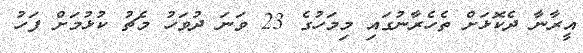
އީރާނާ ދެކޮޅަށް ތެހެރާނުގައި މިމަހުގެ 23 ވަނަ ދުވަހު މެޗު ކުޅުމަށް ފަހު